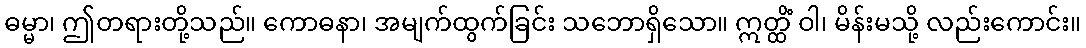
ဓမ္မာ၊ ဤတရားတို့သည်။ ကောဓနာ၊ အမျက်ထွက်ခြင်း သဘောရှိသော။ ဣတ္ထိံ ဝါ၊ မိန်းမသို့ လည်းကောင်း။